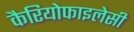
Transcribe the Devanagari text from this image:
कैरियोफाइलेसी